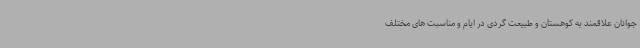
جوانان علاقمند به کوهستان و طبیعت گردی در ایام و مناسبت های مختلف